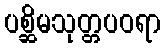
ပစ္ဆိမသုတ္တပဝရာ